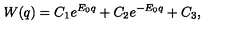
W ( q ) = C _ { 1 } e ^ { E _ { 0 } q } + C _ { 2 } e ^ { - E _ { 0 } q } + C _ { 3 } ,